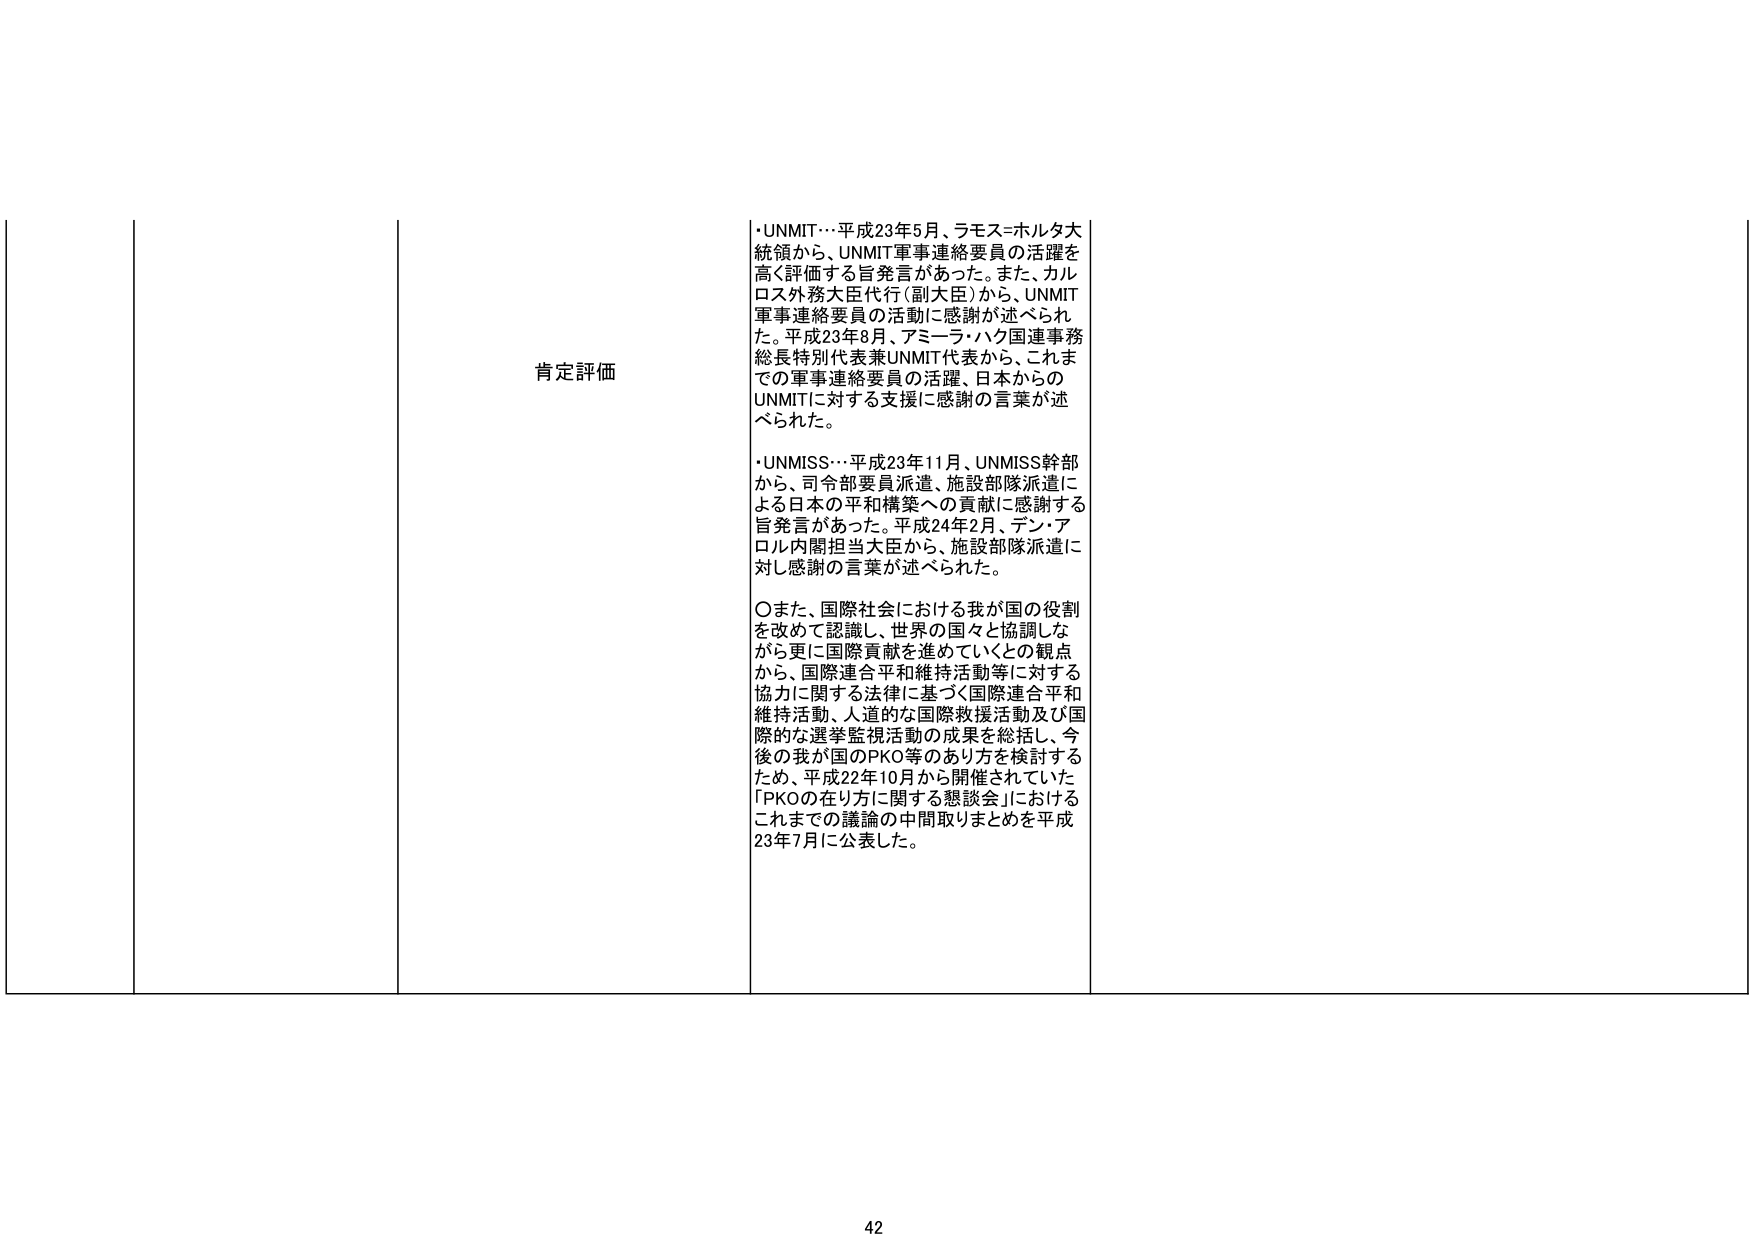
肯定評価

・UNMIT…平成23年5月、ラモス＝ホルタ大統領から、UNMIT軍事連絡要員の活躍を高く評価する旨発言があった。また、カルロス外務大臣代行（副大臣）から、UNMIT軍事連絡要員の活動に感謝が述べられた。平成23年8月、アミーラ・ハク国連事務総長特別代表兼UNMIT代表から、これまでの軍事連絡要員の活躍、日本からのUNMITに対する支援に感謝の言葉が述べられた。

・UNMISS…平成23年11月、UNMISS幹部から、司令部要員派遣、施設部隊派遣による日本の平和構築への貢献に感謝する旨発言があった。平成24年2月、デン・アロル内閣担当大臣から、施設部隊派遣に対し感謝の言葉が述べられた。

〇また、国際社会における我が国の役割を改めて認識し、世界の国々と協調しながら更に国際貢献を進めていくとの観点から、国際連合平和維持活動等に対する協力に関する法律に基づく国際連合平和維持活動、人道的な国際救援活動及び国際的な選挙監視活動の成果を総括し、今後の我が国のPKO等のあり方を検討するため、平成22年10月から開催されていた「PKOの在り方に関する懇談会」におけるこれまでの議論の中間取りまとめを平成23年7月に公表した。

42